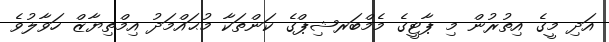
އަދި މީގެ އިތުރުން މި ޕާޓީގެ މެމްބަރޝިޕްގެ ކަންތަކާ މުޙައްމަދު އިމްތިޔާޒް ހަވާލުވެ